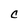
Character: c